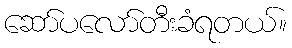
ဆော်ပလော်တီးခံရတယ်။